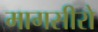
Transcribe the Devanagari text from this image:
मागसीरो